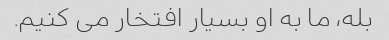
بله، ما به او بسیار افتخار می کنیم.